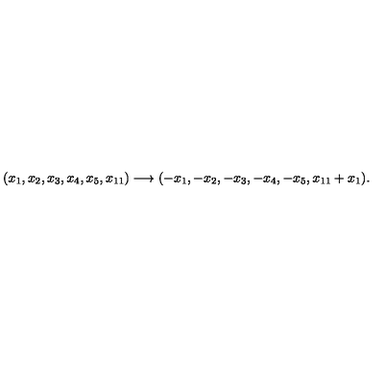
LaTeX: ( x _ { 1 } , x _ { 2 } , x _ { 3 } , x _ { 4 } , x _ { 5 } , x _ { 1 1 } ) \longrightarrow ( - x _ { 1 } , - x _ { 2 } , - x _ { 3 } , - x _ { 4 } , - x _ { 5 } , x _ { 1 1 } + x _ { 1 } ) .